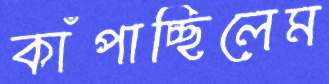
কাঁপাচ্ছিলেম